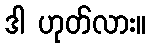
ဒါ ဟုတ်လား။